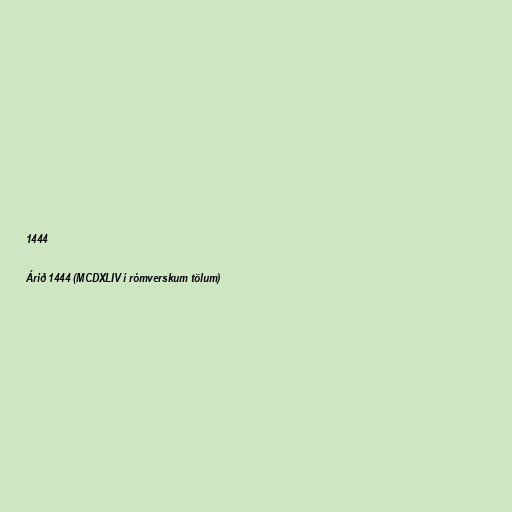
1444

Árið 1444 (MCDXLIV í rómverskum tölum)